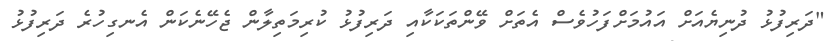
"ދަރިފުޅު ދުނިޔެއަށް އައުމަށްފަހުވެސް އެތަށް ވޭންތަކަކާއި ދަރިފުޅު ކުރިމަތިލާން ޖެހޭނެކަން އެނގިހުރެ ދަރިފުޅު